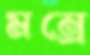
মন্রে